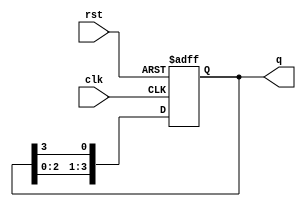
module ring_counter (
    input wire clk,         // Clock signal
    input wire rst,         // Asynchronous reset signal
    output reg [3:0] q      // 4-bit output
);

// Always block that triggers on the clock edge or reset
always @(posedge clk or posedge rst) begin
    if (rst) begin
        // Asynchronous reset: Set the counter to an initial state
        q <= 4'b0001; // Starting with the first flip-flop set
    end else begin
        // Shift the '1' to the left, wrapping around to the rightmost position
        q <= {q[2:0], q[3]}; // Rotate left
    end
end

endmodule